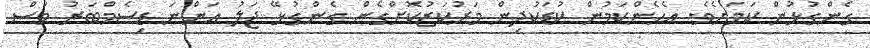
ގެންގުޅުން ކަމަށެވެ. އެހެންކަމުން ކުޑަކުދިން މަރުކަޒުކޮށްގެން ގެންގުޅޭ ޖަލު އަންނަ ޑިސެމްބަރު މަސް